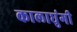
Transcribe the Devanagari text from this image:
कालाघुंगी